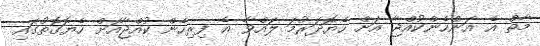
މާތް އެ އަންހެންކުއްޖާ އަށް ހެޔޮދަރުމަ ލައްވާ އެ ފިރިހެން ކުއްޖާއަށް ހެޔޮގޮތުގައި